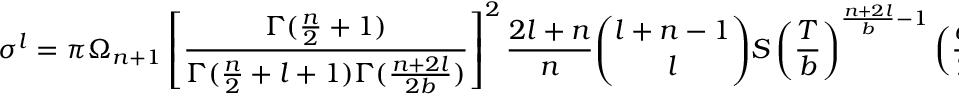
\sigma ^ { l } = \pi \Omega _ { n + 1 } \left[ { \frac { \Gamma ( { \frac { n } { 2 } } + 1 ) } { \Gamma ( { \frac { n } { 2 } } + l + 1 ) \Gamma ( { \frac { n + 2 l } { 2 b } } ) } } \right] ^ { 2 } { \frac { 2 l + n } { n } } { \binom { l + n - 1 } { l } } S \left( { \frac { T } { b } } \right) ^ { { \frac { n + 2 l } { b } } - 1 } \left( { \frac { \omega } { 2 } } \right) ^ { { \frac { n + 2 l } { b } } + 2 l - 1 } .